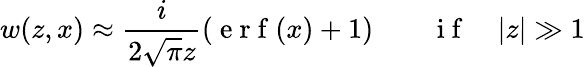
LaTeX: w(z,x)\approx\frac{i}{2\sqrt{\pi}z}\left(\mathrm{~e~r~f~}(x)+1\right)\quad\quad\mathrm{~i~f~}\quad|z|\gg 1